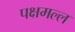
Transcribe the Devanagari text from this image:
पक्षमल्ल